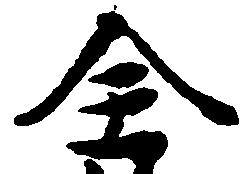
全